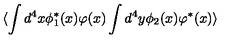
\langle \int d ^ { 4 } x \phi _ { 1 } ^ { * } ( x ) \varphi ( x ) \int d ^ { 4 } y \phi _ { 2 } ( x ) \varphi ^ { * } ( x ) \rangle